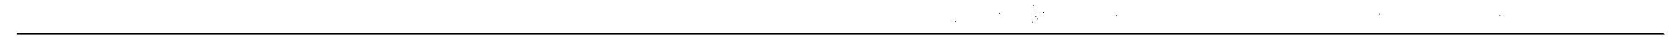
___